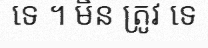
ទេ ។ មិន ត្រូវ ទេ